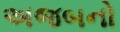
અજબનો